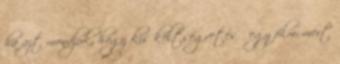
ha azt mondjuk, hogy kis költségvetésű egy film, mert